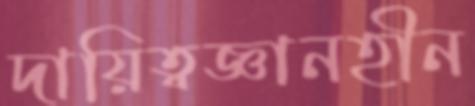
দায়িত্বজ্ঞানহীন